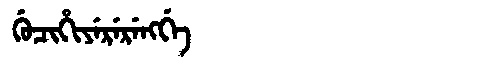
Manchu: ᡤᡠᠴᡳᡥᡳᠶᡝᡵᡝᡵᡝᠩᡤᡝ
Romanization: GUCIHIYERERENGGE